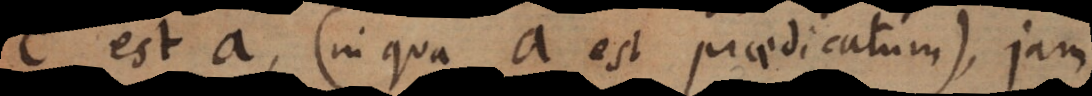
c est a (in qua a est praedicatum), jam